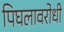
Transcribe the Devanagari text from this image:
पिघलावरोधी